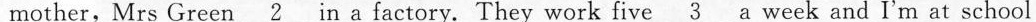
mother,Mrs Green_ 2 in a factory. They work five _3 a week and I'm at school